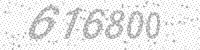
Solution: 616800